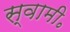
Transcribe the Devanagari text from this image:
स्वामी॰